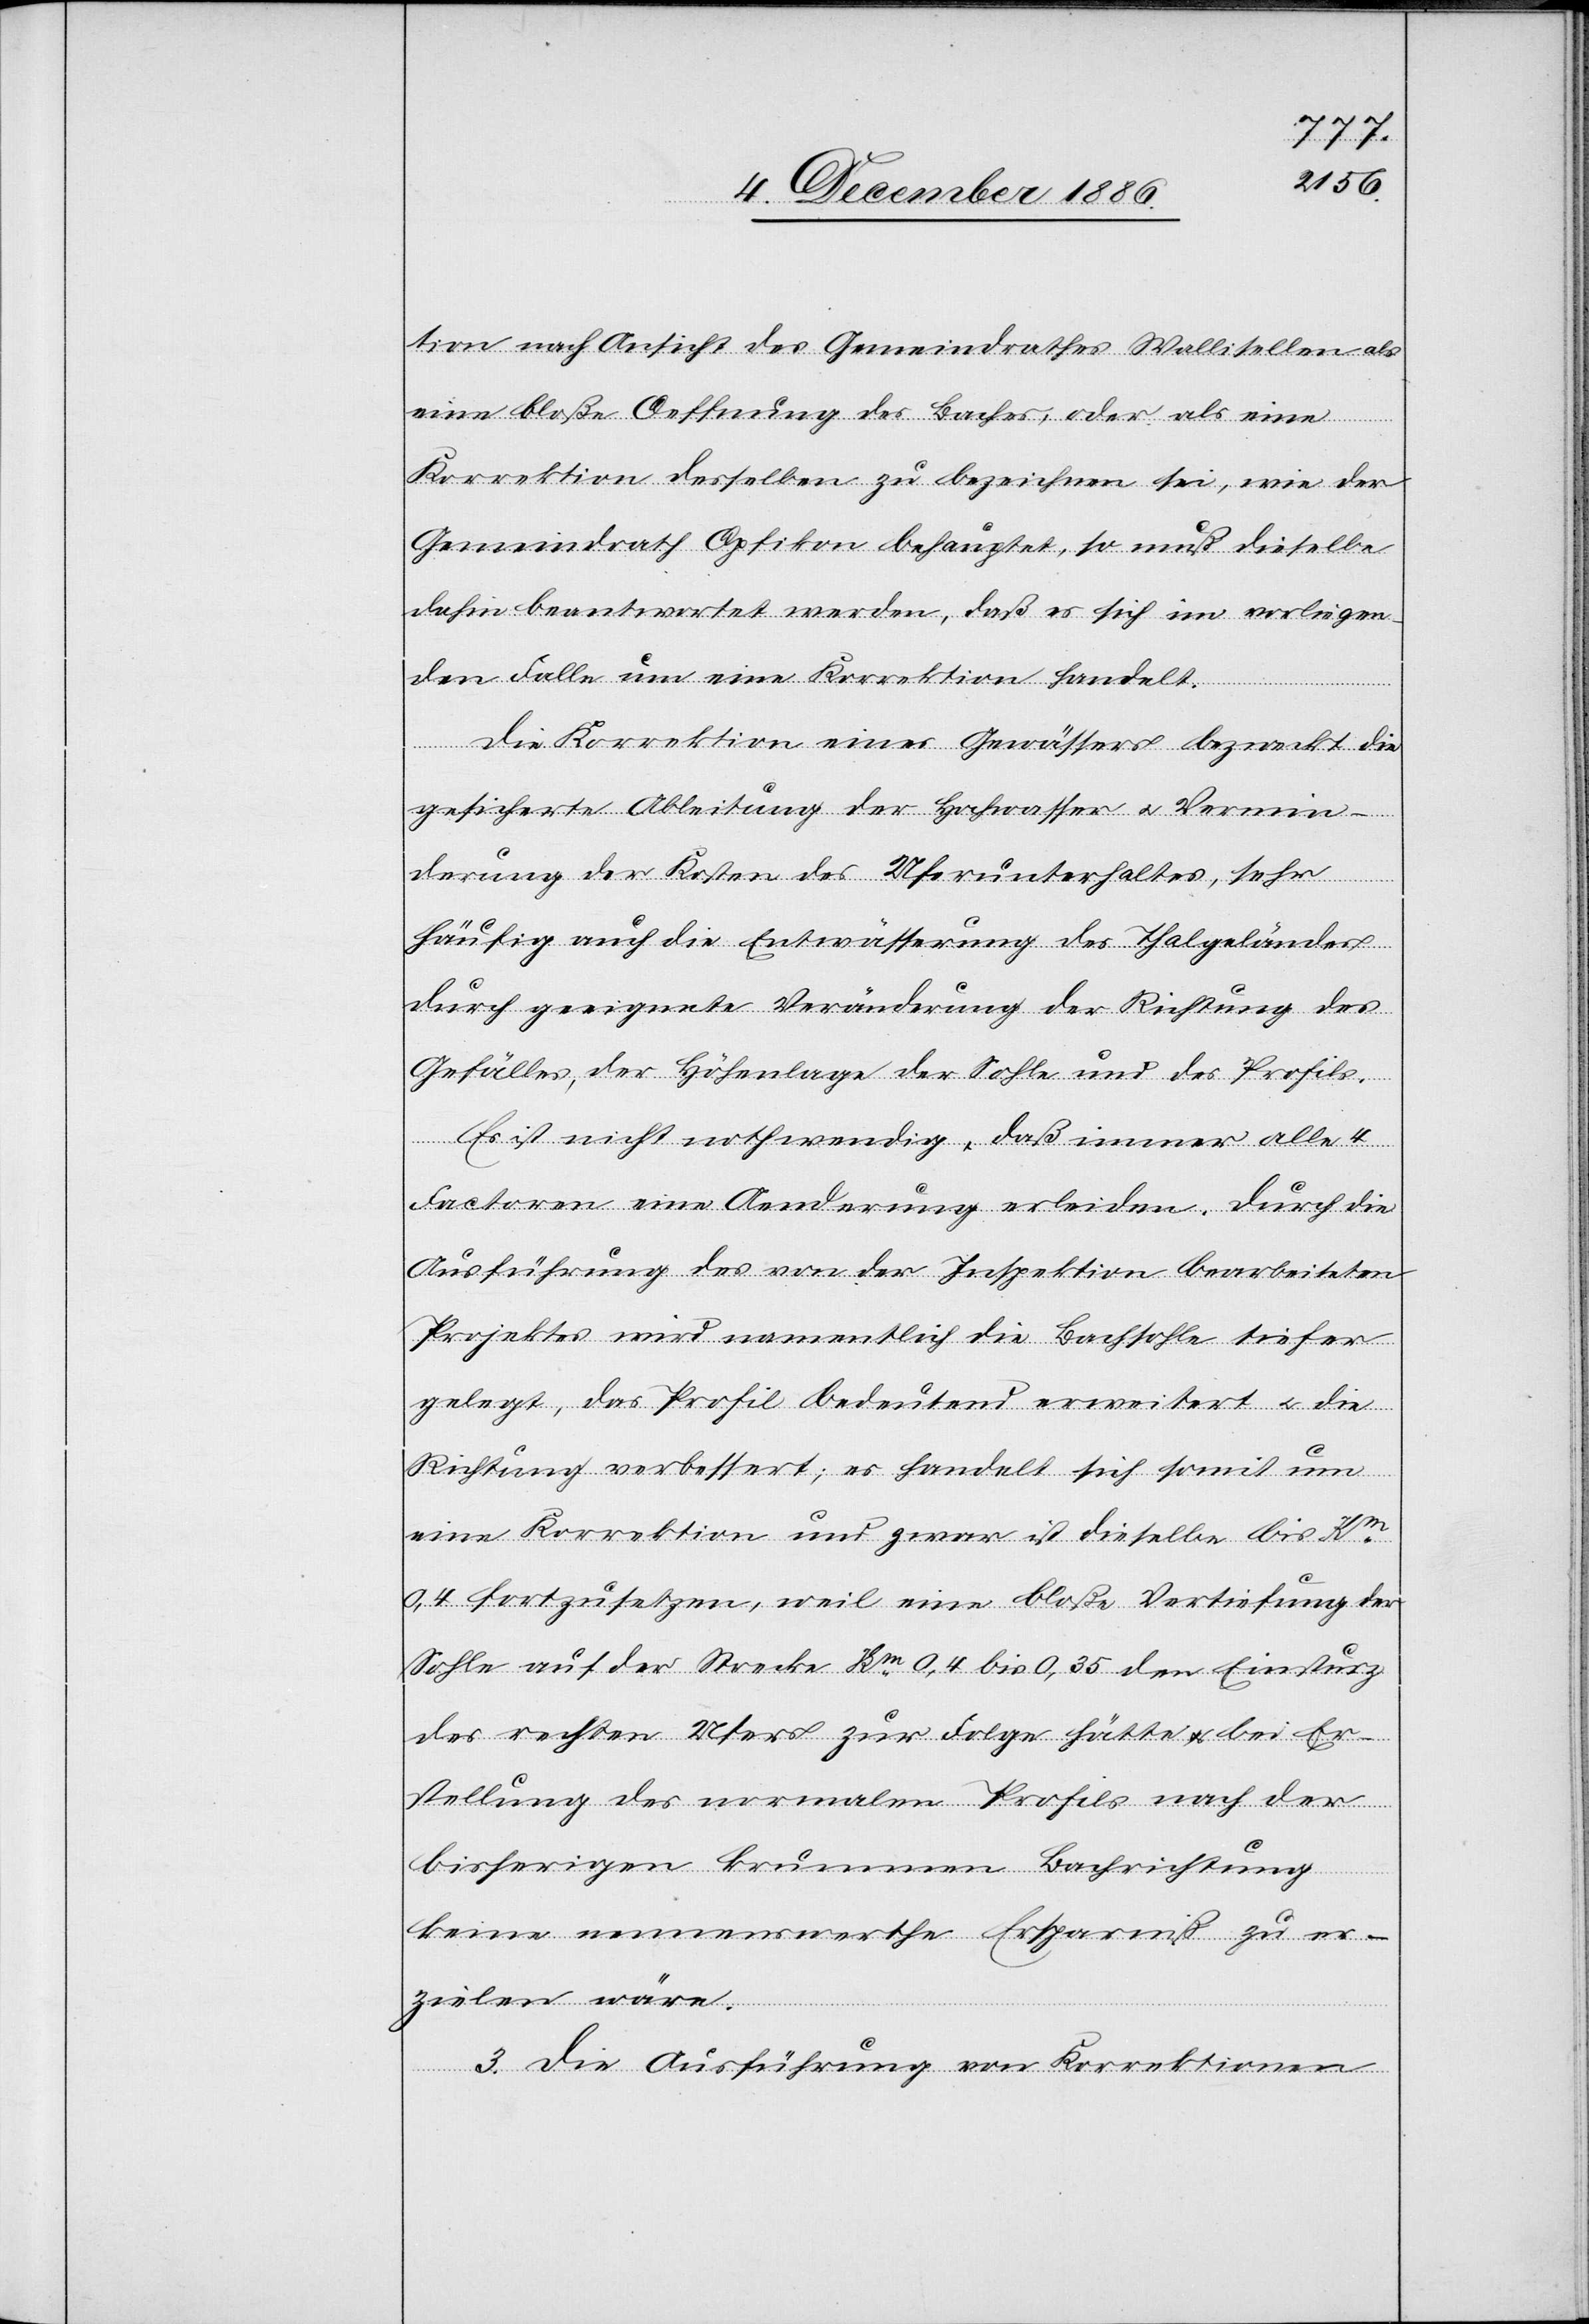
tion nach Ansicht des Gemeindrathes Wallisellen als
eine bloße Oeffnung des Baches, oder als eine
Korrektion desselben zu bezeichnen sei, wie der
Gemeindrath Opfikon behauptet, so muß dieselbe
dahin beantwortet werden, daß es sich im vorliegen¬
den Falle um eine Korrektion handelt.
Die Korrektion eines Gewässers bezweckt die
gesicherte Ableitung der Hochwasser & Vermin¬
derung der Kosten des Uferunterhaltes, sehr
häufig auch die Entwässerung des Thalgeländes
durch geeignete Veränderung der Richtung des
Gefälles, der Höhenlage der Sohle und des Profils.
Es ist nicht nothwendig, daß immer alle 4
Factoren eine Aenderung erleiden. Durch die
Ausführung des von der Inspektion bearbeiteten
Projektes wird namentlich die Bachsohle tiefer
gelegt, das Profil bedeutend erweitert & die
Richtung verbessert; es handelt sich somit um
eine Korrektion und zwar ist dieselbe bis Km
0,4 fortzusetzen, weil eine bloße Vertiefung der
Sohle auf der Strecke Km 0,4 bis 0,35 den Einsturz
des rechten Ufers zur Folge hätte & bei Er¬
stellung des normalen Profils nach der
bisherigen krummen Bachrichtung
keine nennenswerthe Ersparniß zu er¬
zielen wäre.
3. Die Ausführung von Korrektionen